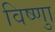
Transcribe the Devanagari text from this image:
विष्णुा